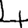
Digit: 4